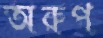
অরুপ